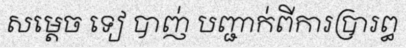
សម្តេច ទៀ បាញ់ បញ្ជាក់ពីការប្រារព្ធ